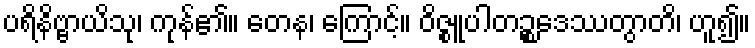
ပရိနိဗ္ဗာယိသု၊ ကုန်၏။ တေန၊ ကြောင့်။ ဝိဇ္စူပါတဉ္စဒေဿတွာတိ၊ ဟူ၍။